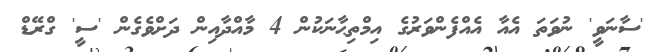
'ސާނަވީ' ނުވަތަ އެއާ އެއްފެންވަރުގެ އިމްތިޙާނަކުން 4 މާއްދާއިން ދަށްވެގެން 'ސީ' ގްރޭޑް